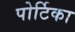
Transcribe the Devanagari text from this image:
पोर्टिका